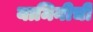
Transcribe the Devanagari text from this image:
यामिनीची